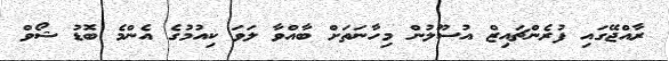
ރާއްޖޭގައި ފުރެންޗައިޒް އުސޫލުން މިހާނަތަށް ބާއްވާ ލަވަ ކިއުމުގެ އެންމެ ބޮޑު ޝޯވް